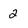
Character: 2